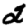
Digit: 2